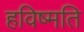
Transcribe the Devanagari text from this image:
हविष्मति